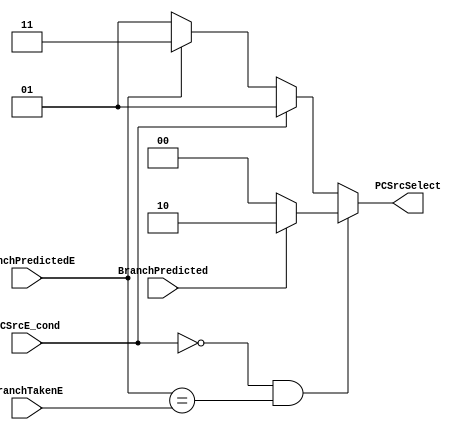
module PCSrcSelect_m(
	input PCSrcE_cond, BranchPredictedE, BranchPredicted, BranchTakenE,
	output reg [1:0] PCSrcSelect);

always @(*)
	begin
		if ((PCSrcE_cond == 1'b0) && (BranchPredictedE == BranchTakenE)) 
			begin 
				if (BranchPredicted == 1'b0) PCSrcSelect = 2'b00;			// PCPlus4
				else PCSrcSelect = 2'b10;			// BTA
			end
		else
			begin
				if (PCSrcE_cond == 1'b1) PCSrcSelect = 2'b01;			// ALUResultE
				else 
					begin
						if (BranchPredictedE == 1'b1) PCSrcSelect = 2'b11;			// carriedPCPlus4
						else PCSrcSelect = 2'b01;			// ALUResultE
					end 
			end
		end
	
endmodule